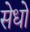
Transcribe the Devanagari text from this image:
सेधो